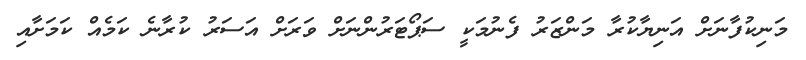
މަނިކުފާނަށް އަނިޔާކުރާ މަންޒަރު ފެނުމަކީ ސަޕޯޓަރުންނަށް ވަރަށް އަސަރު ކުރާނެ ކަމެއް ކަމަށާއި